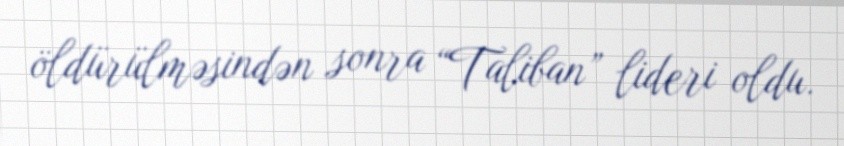
öldürülməsindən sonra “Taliban” lideri oldu.